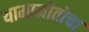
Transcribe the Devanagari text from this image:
यामामोतोचा